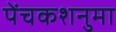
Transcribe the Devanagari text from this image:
पेंचकशनुमा